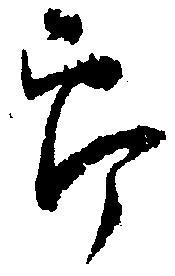
郎